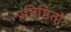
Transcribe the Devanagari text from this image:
प्रतिष्ठितों